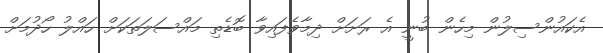
އެކައުންސިލުން މިހެން ބުނީ އެ ރަށަށް ދިމާވެފައިވާ ބޮޑެތި މައްސަލަތަކަށް ހައްލު ހޯދުމަށް